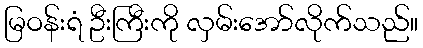
မြဝန်းရံ ဦးကြီးကို လှမ်းအော်လိုက်သည်။